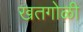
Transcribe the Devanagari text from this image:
खतगोळी